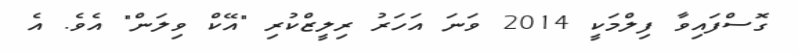
ގޮސްފައިވާ ފިލްމަކީ 2014 ވަނަ އަހަރު ރިލީޒްކުރި "އޭކް ވިލަން" އެވެ. އެ